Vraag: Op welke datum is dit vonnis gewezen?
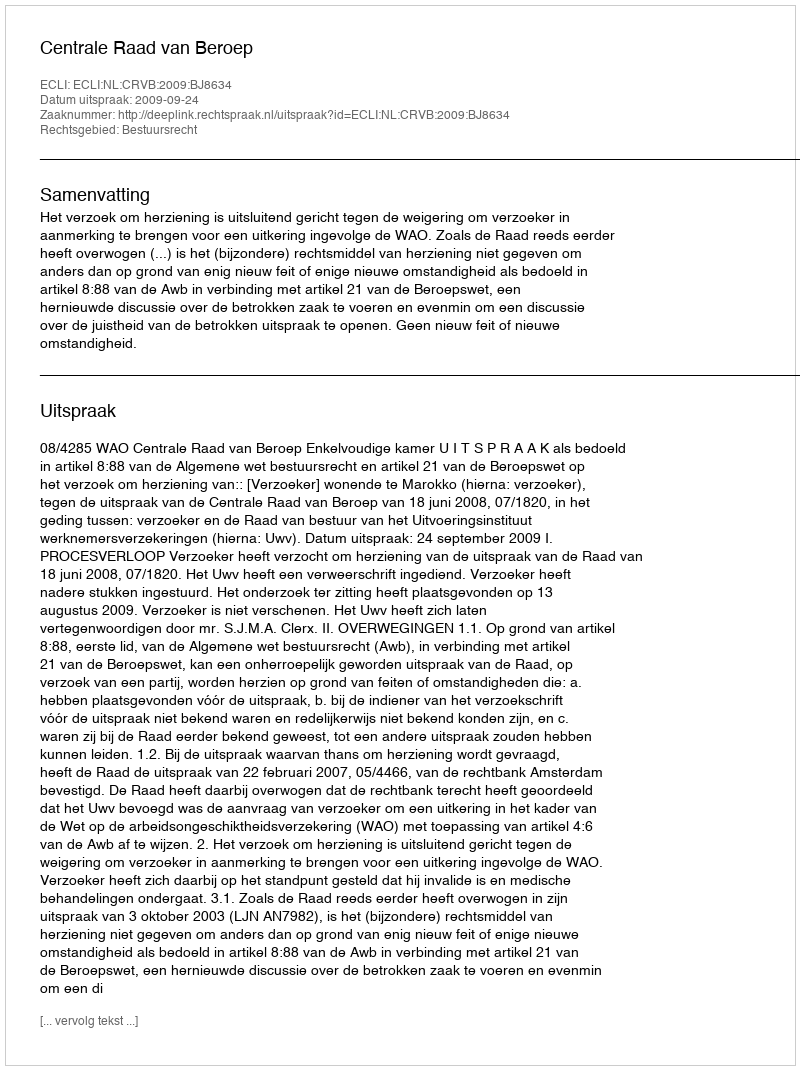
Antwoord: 2009-09-24